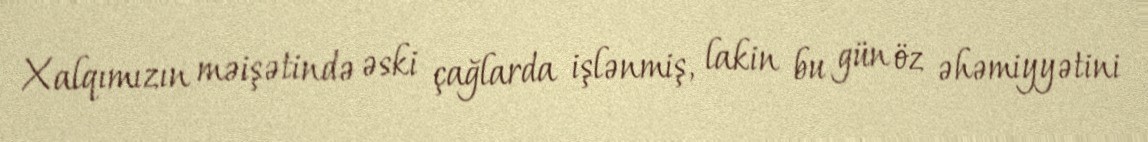
Xalqımızın məişətində əski çağlarda işlənmiş, lakin bu gün öz əhəmiyyətini